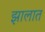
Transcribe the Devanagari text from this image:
झालात